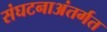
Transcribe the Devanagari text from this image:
संघटनाअंतर्गत